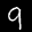
Label: 9